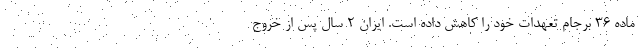
ماده ۳۶ برجام تعهدات خود را کاهش داده است. ایران ۲ سال پس از خروج